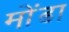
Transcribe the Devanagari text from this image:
मोंढा